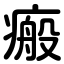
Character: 瘢